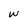
Character: w